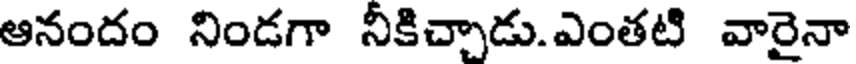
ఆనందం నిండగా నీకిచ్చాడు.ఎంతటి వారైనా